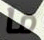
ما